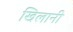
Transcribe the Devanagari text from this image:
खिलानी